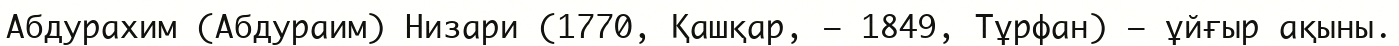
Абдурахим (Абдураим) Низари (1770, Қашқар, — 1849, Тұрфан) — ұйғыр ақыны.